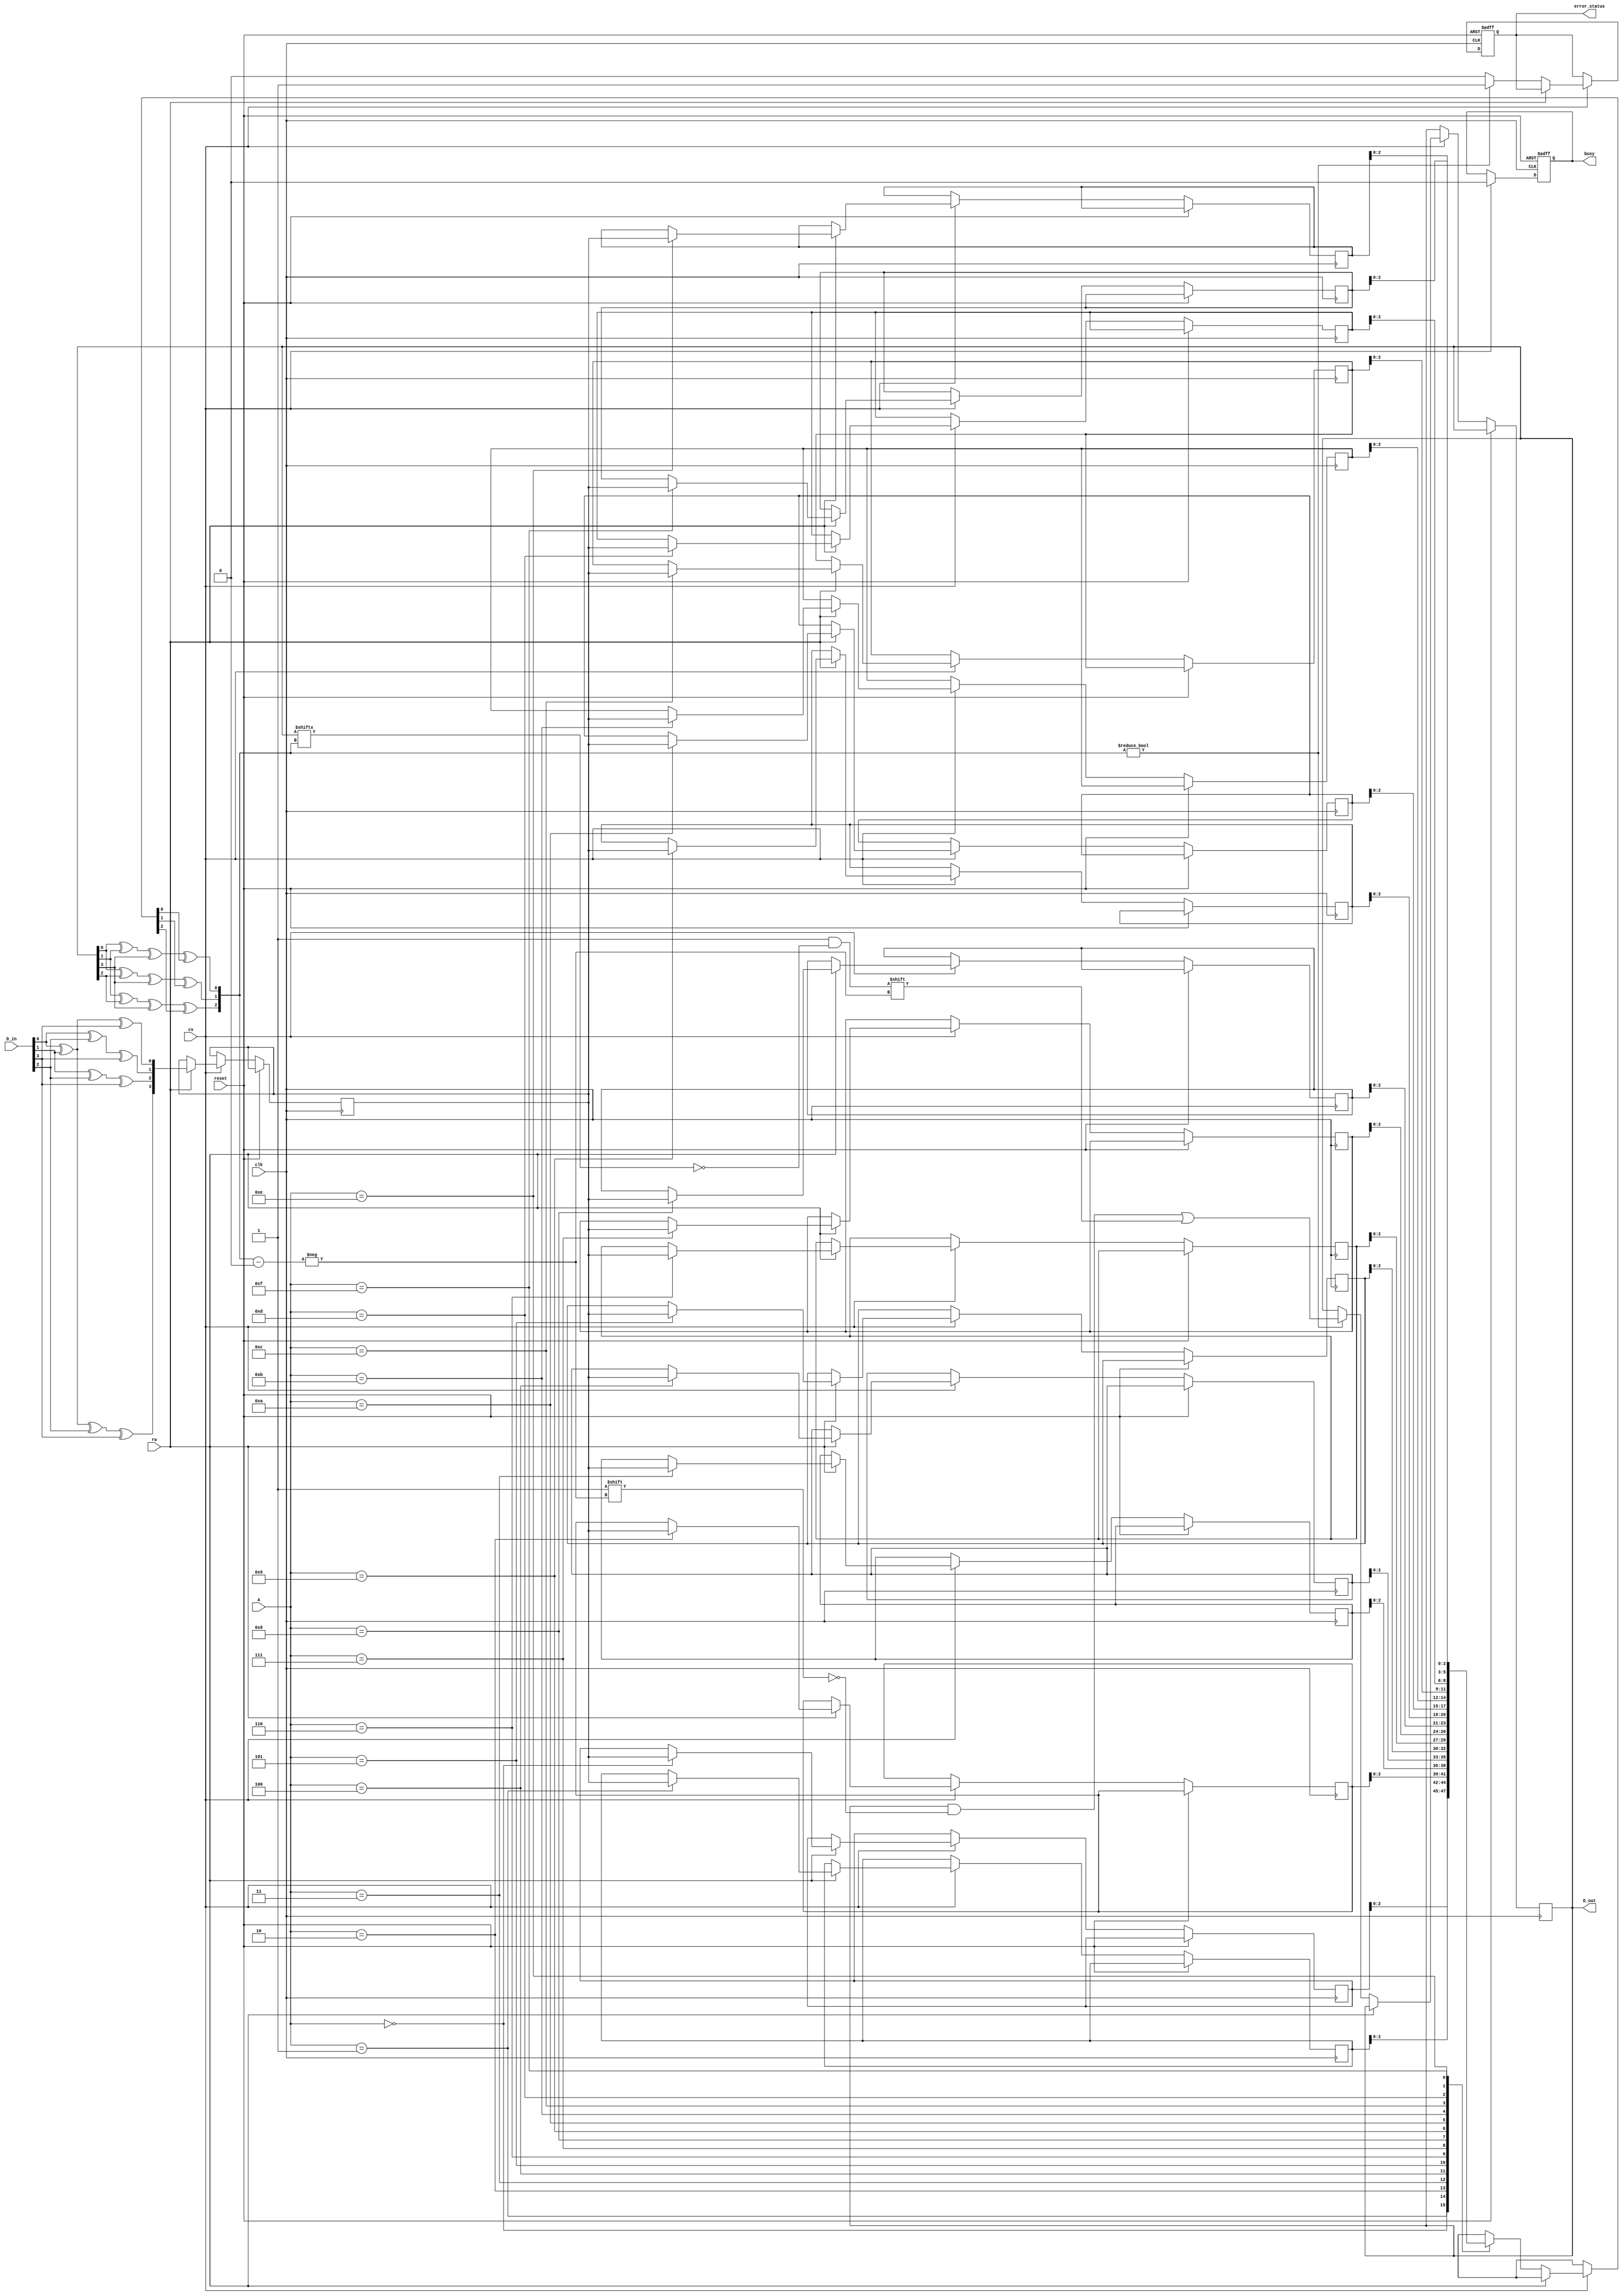
module io_block_ecc_dram (
    input wire clk,
    input wire reset,
    input wire cs,              // Chip Select
    input wire rw,              // Read/Write control (1 = Write, 0 = Read)
    input wire [7:0] D_in,      // Input Data Lines
    input wire [3:0] A,         // Address Lines
    output reg [7:0] D_out,     // Output Data Lines
    output reg busy,            // Busy Signal
    output reg error_status     // Error Status Signal
);

    reg [7:0] data_buffer;      // Input Buffer
    reg [3:0] ecc_buffer;       // ECC Buffer
    reg [7:0] mem [0:15];       // Memory Array (16 locations for simplicity)
    reg [3:0] mem_ecc [0:15];   // ECC Memory Array

    // Simple Hamming (7,4) encoder for ECC
    function [3:0] hamming_encode(input [7:0] data);
        begin
            // Example implementation of Hamming encoding for 4 bits of data
            // Here we can simply use an example for how ECC bits can be generated
            hamming_encode[0] = data[0] ^ data[1] ^ data[3];
            hamming_encode[1] = data[0] ^ data[2] ^ data[3];
            hamming_encode[2] = data[1] ^ data[2] ^ data[3];
            hamming_encode[3] = data[0] ^ data[1] ^ data[2] ^ data[3];
        end
    endfunction

    // Simple Hamming (7,4) decoder for ECC
    function [7:0] hamming_decode(input [7:0] data, input [3:0] ecc);
        reg [2:0] error_pos;
        begin
            // Check for errors using the ECC
            error_pos[0] = data[0] ^ data[1] ^ data[3] ^ ecc[0];
            error_pos[1] = data[0] ^ data[2] ^ data[3] ^ ecc[1];
            error_pos[2] = data[1] ^ data[2] ^ data[3] ^ ecc[2];
            
            // Correcting single bit error
            if (error_pos != 3'b000) begin
                data[error_pos] = ~data[error_pos]; // Flip the erroneous bit
                error_status = 1'b1; // Error detected and corrected
            end else begin
                error_status = 1'b0; // No error
            end
            
            hamming_decode = data;
        end
    endfunction

    // Main read/write logic
    always @(posedge clk or posedge reset) begin
        if (reset) begin
            busy <= 1'b0;
            error_status <= 1'b0;
        end else if (cs) begin
            busy <= 1'b1;
            if (rw) begin // Write Operation
                data_buffer <= D_in;
                ecc_buffer <= hamming_encode(D_in);
                mem[A] <= data_buffer;    // Write data to memory
                mem_ecc[A] <= ecc_buffer;  // Write ECC to memory
            end else begin // Read Operation
                D_out <= mem[A];          // Read data from memory
                D_out <= hamming_decode(D_out, mem_ecc[A]); // Decode and correct data
            end
            busy <= 1'b0; // Operation complete
        end
    end
endmodule